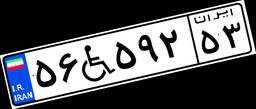
۵۶W۵۹۲۵۳